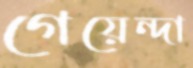
গেয়েন্দা